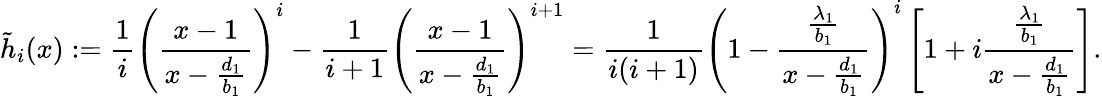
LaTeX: \tilde{h}_{i}(x):=\frac{1}{i}\left(\frac{x-1}{x-\frac{d_{1}}{b_{1}}}\right)^{i}-\frac{1}{i+1}\left(\frac{x-1}{x-\frac{d_{1}}{b_{1}}}\right)^{i+1}=\frac{1}{i(i+1)}\left(1-\frac{\frac{\lambda_{1}}{b_{1}}}{x-\frac{d_{1}}{b_{1}}}\right)^{i}\left[1+i\frac{\frac{\lambda_{1}}{b_{1}}}{x-\frac{d_{1}}{b_{1}}}\right].